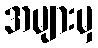
အများမှ